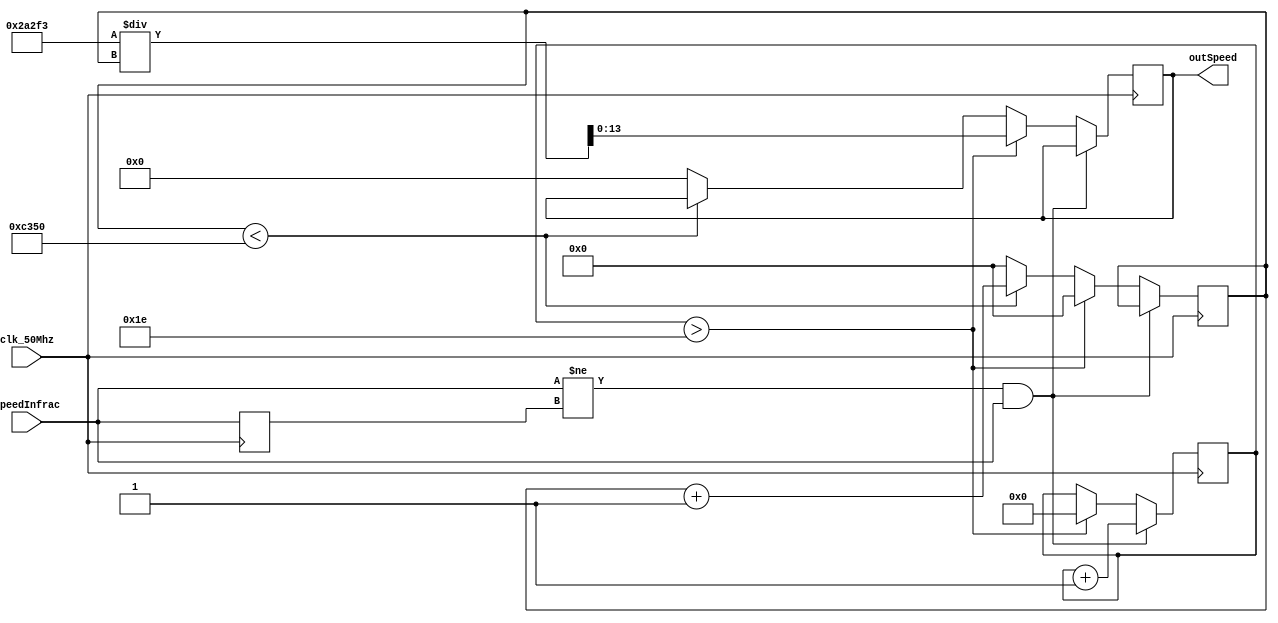
module testSpeed
(
	input clk_50Mhz,
	input speedInfrac,
	output reg [13:0] outSpeed
);

reg [26:0] cnt;
reg [6:0] circleCnt;
reg last;//=speedInfrac;

initial begin
	last=1;
	outSpeed=9999;
end

always@(posedge clk_50Mhz) begin
	if(speedInfrac!=last && speedInfrac) begin//posedge speedInfrac
		circleCnt=circleCnt+1;
	end
	else if(circleCnt>30) begin
		circleCnt=0;
		outSpeed=172787/cnt;//pi*d*10=172787,d=5.5cm,cm/s
		cnt=0;
	end
	else if(cnt < 50000) begin//50s
		cnt=cnt+1;
	end
	else begin
		cnt=0;
		outSpeed=0;
	end
	last=speedInfrac;
end


endmodule